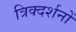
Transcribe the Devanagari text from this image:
त्रिक्दर्शनों